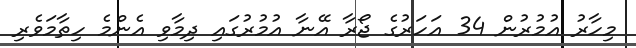
މިހާރު އުމުރުން 34 އަހަރުގެ ޖޯރާ އޭނާ އުމުރުގައި ދިމާވި އެންމެ ހިތާމަވެރި